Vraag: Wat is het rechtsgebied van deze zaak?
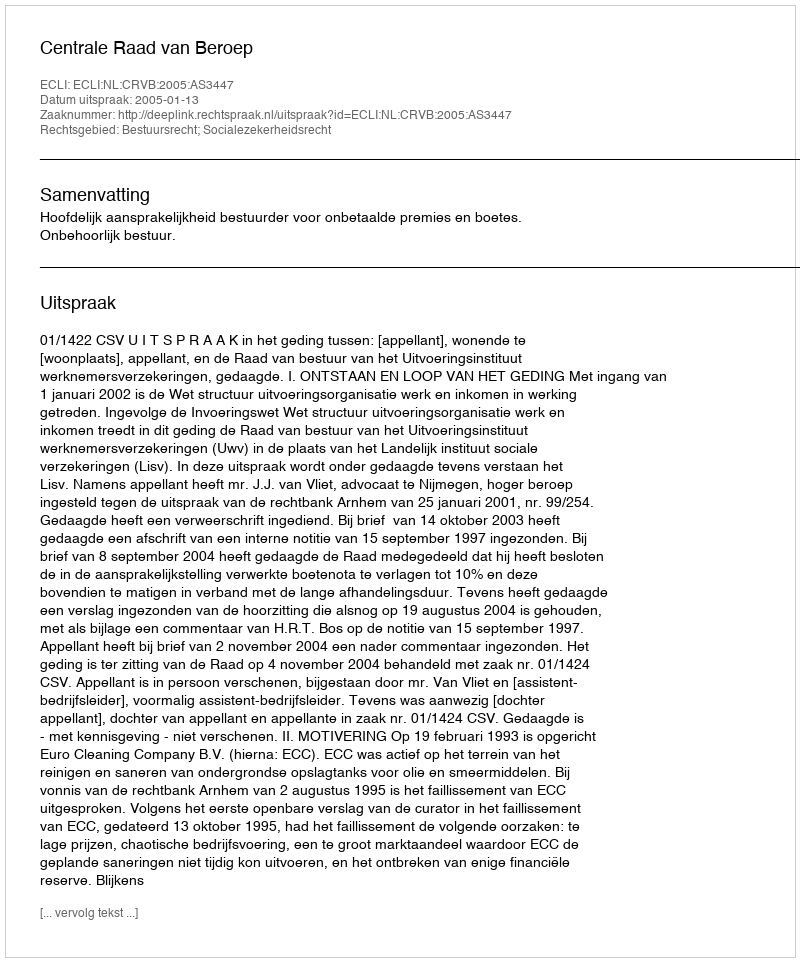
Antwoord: Bestuursrecht; Socialezekerheidsrecht